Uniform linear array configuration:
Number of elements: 48
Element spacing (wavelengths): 0.5
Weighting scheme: cosine
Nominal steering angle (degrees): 60
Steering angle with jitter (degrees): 60.177
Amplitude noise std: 0.05
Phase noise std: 0.05

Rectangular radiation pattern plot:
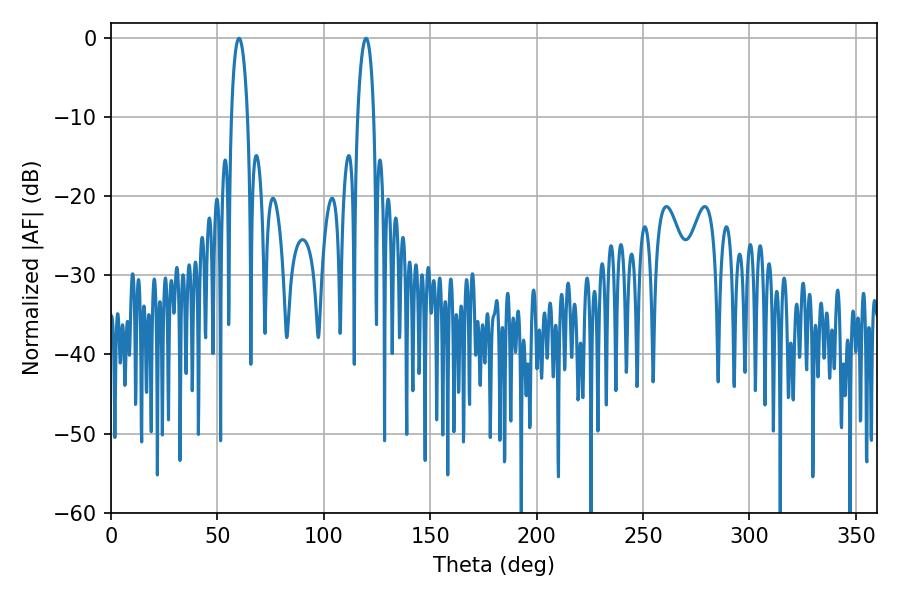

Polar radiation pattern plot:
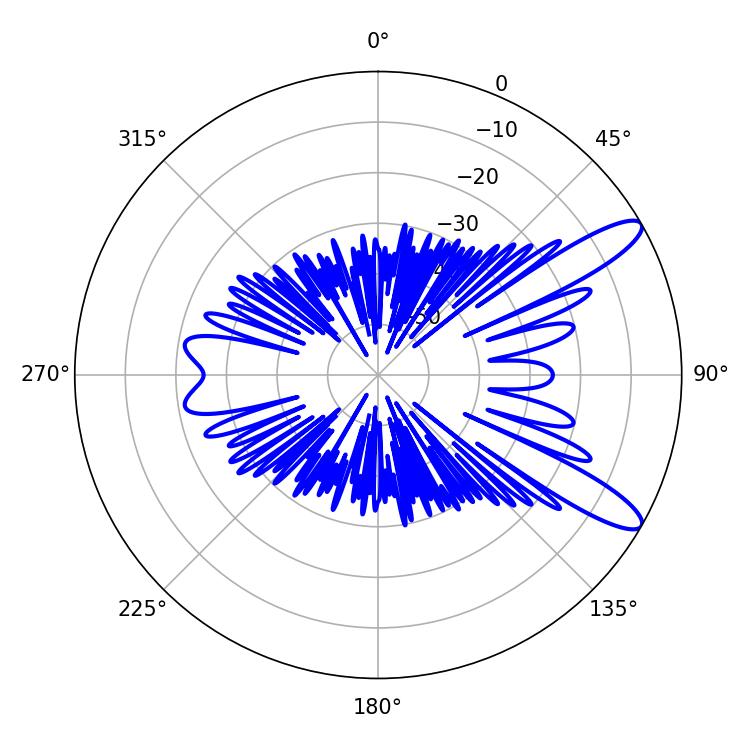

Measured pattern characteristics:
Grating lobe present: FALSE
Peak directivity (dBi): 11.461
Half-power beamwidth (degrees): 4.14
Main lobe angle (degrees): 119.88